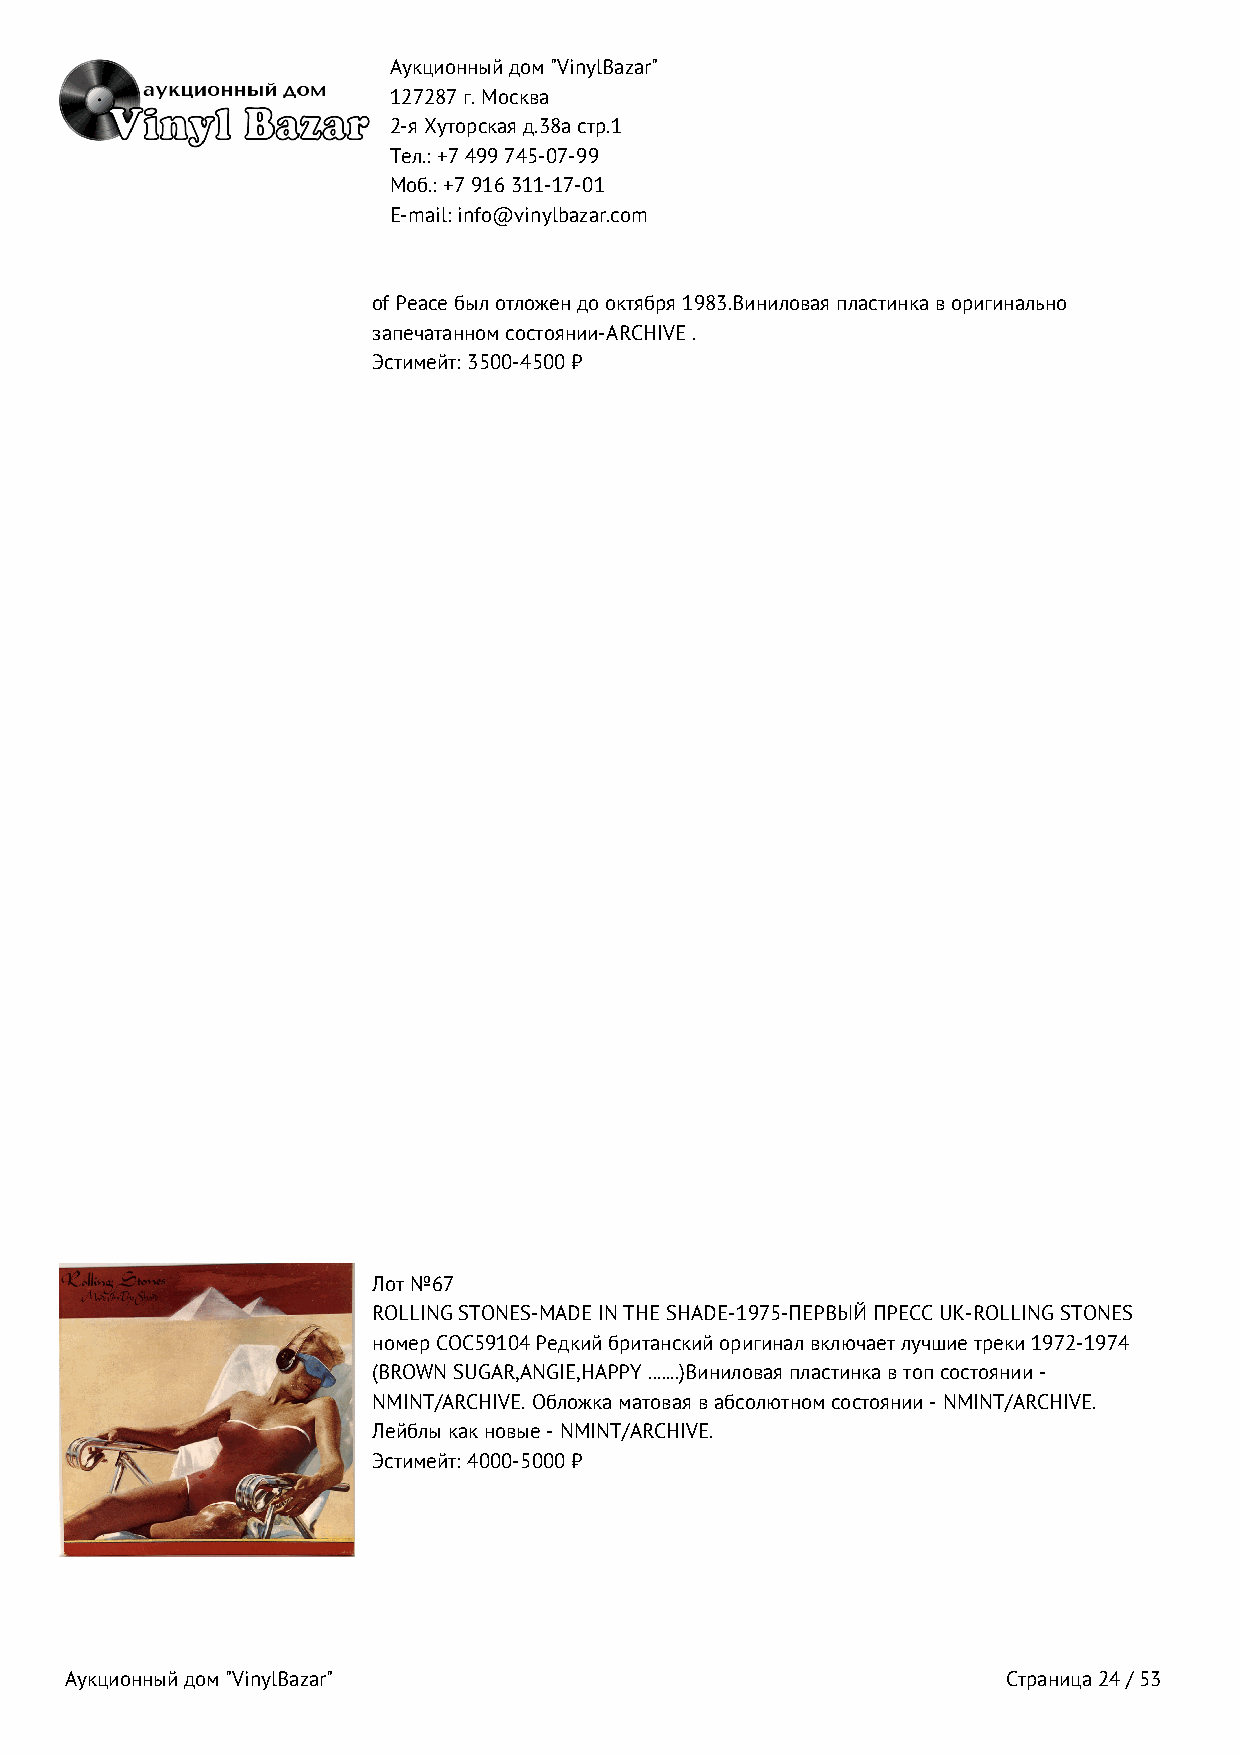
Аукционный дом "VinylBazar"
 127287 г. Москва
 2-я Хуторская д.38а стр.1
 Тел.: +7 499 745‑07‑99
 Моб.: +7 916 311‑17‑01
 E-mail: info@vinylbazar.com
 of Peace был отложен до октября 1983.Виниловая пластинка в оригинально
 запечатанном состоянии-ARCHIVE .
 Эстимейт: 3500-4500 ₽
 Лот №67
 ROLLING STONES-MADE IN THE SHADE-1975-ПЕРВЫЙ ПРЕСС UK-ROLLING STONES
 номер COC59104 Редкий британский оригинал включает лучшие треки 1972-1974
 (BROWN SUGAR,ANGIE,HAPPY .......)Виниловая пластинка в топ состоянии -
 NMINT/ARCHIVE. Обложка матовая в абсолютном состоянии - NMINT/ARCHIVE.
 Лейблы как новые - NMINT/ARCHIVE.
 Эстимейт: 4000-5000 ₽
 Аукционный дом "VinylBazar"                                    Страница 24 / 53